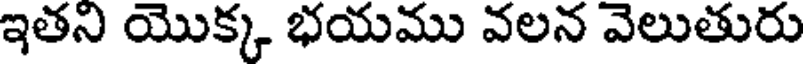
ఇతని యొక్క భయము వలన వెలుతురు